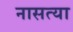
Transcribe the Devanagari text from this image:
नासत्या